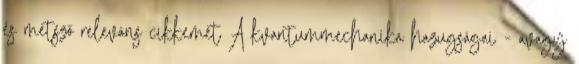
és metsző releváns cikkemet A kvantummechanika hazugságai - avagy